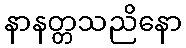
နာနတ္တသညိနော